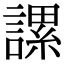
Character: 𧫖